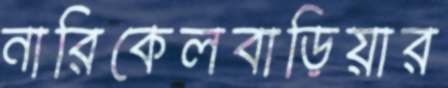
নারিকেলবাড়িয়ার